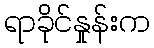
ရာခိုင်နှုန်းက